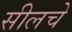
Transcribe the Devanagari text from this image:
सीलचे